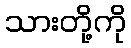
သားတို့ကို